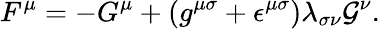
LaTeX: F^{\mu}=-G^{\mu}+\left(g^{{\mu}{\sigma}}+{\epsilon}^{{\mu}{\sigma}}\right){\lambda}_{{\sigma}{\nu}}{\cal G}^{\nu}.